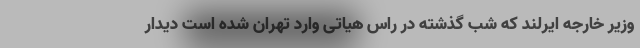
وزیر خارجه ایرلند که شب گذشته در راس هیاتی وارد تهران شده است دیدار